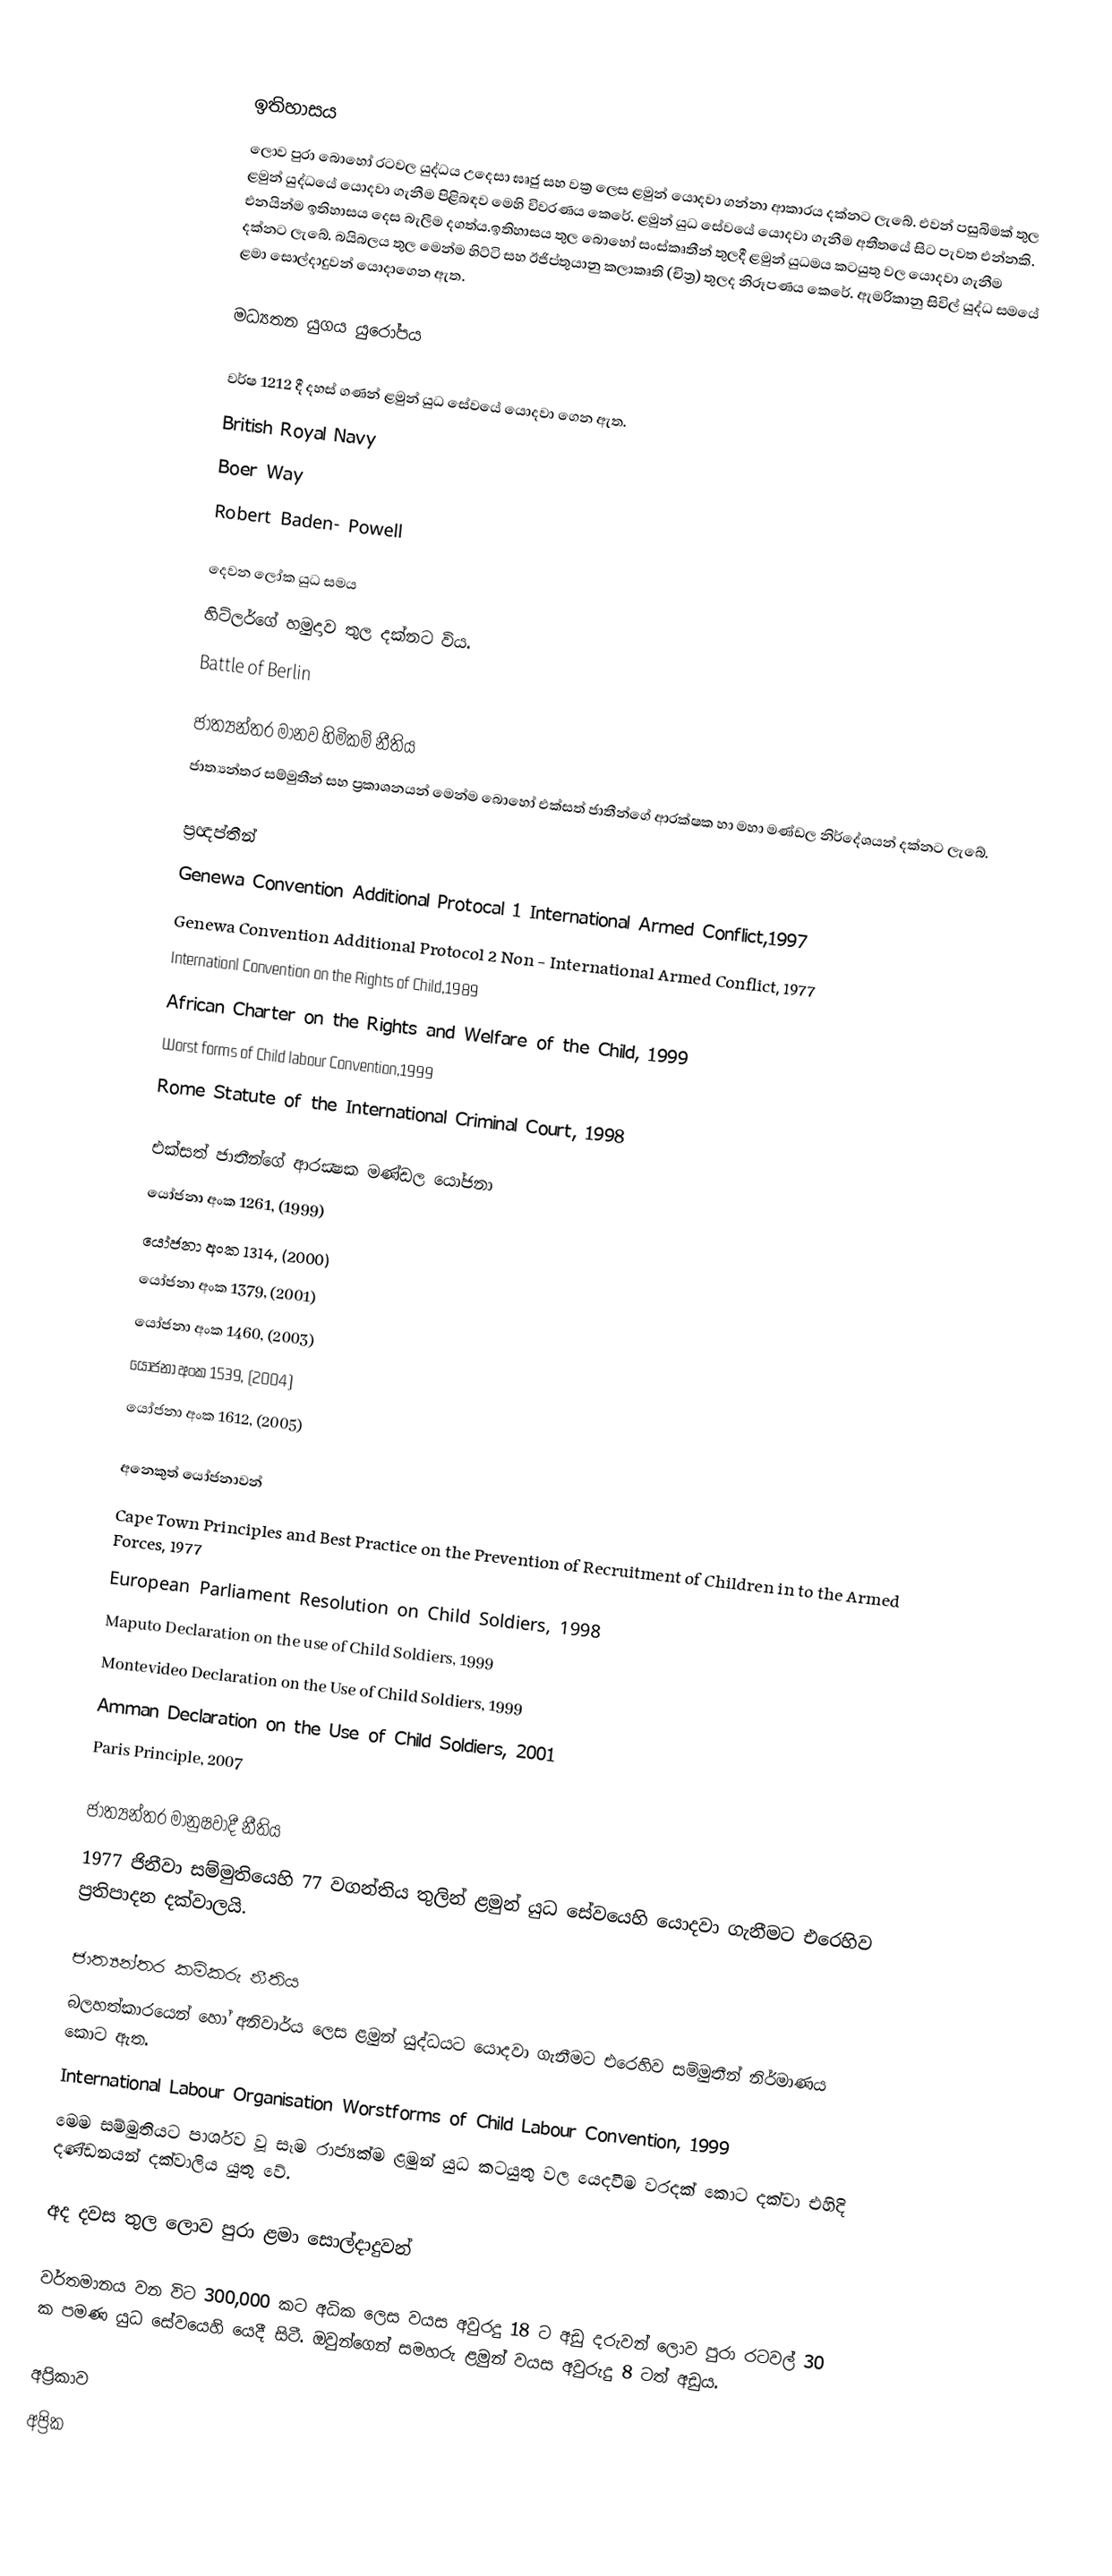

ඉතිහාසය
ලොව පුරා බොහෝ රටවල යුද්ධය උදෙසා ඝෘජු සහ වක්‍ර ලෙස ළමුන් යොදවා ගන්නා ආකාරය දක්නට ලැබේ. එවන් පසුබිමක් තුල ළමුන් යුද්ධයේ යොදවා ගැනීම පිළිබඳව මෙහි විවරණය කෙරේ. ළමුන් යුධ සේවයේ යොදවා ගැනීම අතීතයේ සිට පැවත එන්නකි. එනයින්ම ඉතිහාසය දෙස බැලීම දගත්ය.ඉතිහාසය තුල බොහෝ සංස්කෘතීන් තුලදී ළමුන් යුධමය කටයුතු වල යොදවා ගැනීම දක්නට ලැබේ. බයිබලය තුල මෙන්ම හිට්ටි සහ ඊජිප්තුයානු කලාකෘති (චිත්‍ර) තුලද නිරූපණය කෙරේ. ඇමරිකානු සිවිල් යුද්ධ සමයේ ළමා සොල්දාදුවන් යොදාගෙන ඇත.

මධ්‍යතන යුගය යුරෝපය

වර්ෂ 1212 දී දහස් ගණන් ළමුන් යුධ සේවයේ යොදවා ගෙන ඇත.
British Royal Navy
Boer Way
Robert Baden- Powell

දෙවන ලෝක යුධ සමය
හිට්ලර්ගේ හමුදාව තුල දක්නට විය.
Battle of Berlin

ජාත්‍යන්තර මානව හිමිකම් නීතිය
ජාත්‍යන්තර සම්මුතීන් සහ ප්‍රකාශනයන් මෙන්ම බොහෝ එක්සත් ජාතීන්ගේ ආරක්ෂක හා මහා මණ්ඩල නිර්දේශයන් දක්නට ලැබේ.

ප්‍රඥප්තීන්
 Genewa Convention Additional Protocal 1 International Armed Conflict,1997
 Genewa Convention Additional Protocol 2 Non - International Armed Conflict, 1977
 Internationl Convention on the Rights of Child,1989
 African Charter on the Rights and Welfare of the Child, 1999
 Worst forms of Child labour Convention,1999
 Rome Statute of the International Criminal Court, 1998

එක්සත් ජාතීන්ගේ ආරක්‍ෂක මණ්ඩල යෝජනා
 යෝජනා අංක 1261,  (1999)
 යෝජනා අංක 1314,  (2000)
 යෝජනා අංක 1379,  (2001)
 යෝජනා අංක 1460,  (2003)
 යෝජනා අංක 1539,  (2004)
 යෝජනා අංක 1612,  (2005)

අනෙකුත් යෝජනාවන්
 Cape Town Principles  and Best Practice on the Prevention of Recruitment of Children in to the Armed Forces, 1977
 European Parliament Resolution on Child Soldiers, 1998
 Maputo Declaration on the use of Child Soldiers, 1999
 Montevideo Declaration on the Use of Child Soldiers, 1999
 Amman Declaration on the Use of Child Soldiers, 2001
 Paris Principle, 2007

ජාත්‍යන්තර මානුෂවාදී නීතිය
1977 ජිනීවා සම්මුතියෙහි 77 වගන්තිය තුලින් ළමුන් යුධ සේවයෙහි යොදවා ගැනීමට එරෙහිව ප්‍රතිපාදන දක්වාලයි.

ජාත්‍යන්තර කම්කරු නීතිය
බලහත්කාරයෙන් හෝ අනිවාර්ය ලෙස ළමුන් යුද්ධයට යොදවා ගැනීමට එරෙහිව සම්මුතීන් නිර්මාණය කොට ඇත.
International Labour Organisation Worstforms of Child Labour Convention, 1999
මෙම සම්මුතියට පාර්ශව වූ සෑම රාජ්‍යක්ම ළමුන් යුධ කටයුතු වල යෙදවීම වරදක් කොට දක්වා එහිදි දණ්ඩනයන් දක්වාලිය යුතු වේ.

අද දවස තුල ලොව පුරා ළමා සොල්දාදුවන්

  වර්තමානය වන විට 300,000 කට අධික ලෙස වයස අවුරදු 18 ට අඩු දරුවන් ලොව පුරා රටවල් 30 ක පමණ යුධ සේවයෙහි යෙදී සිටී. ඔවුන්ගෙන් සමහරු ළමුන් වයස අවුරුදු 8 ටත් අඩුය.

අප්‍රිකාව
අප්‍රික